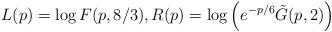
LaTeX: \begin{align*}L(p) = \log F(p,8/3), R(p) = \log \left(e^{-p/6}\tilde G(p,2)\right)\end{align*}